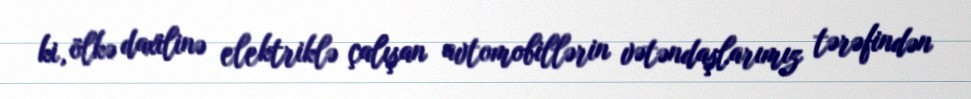
ki, ölkə daxilinə elektriklə çalışan avtomobillərin vətəndaşlarımız tərəfindən